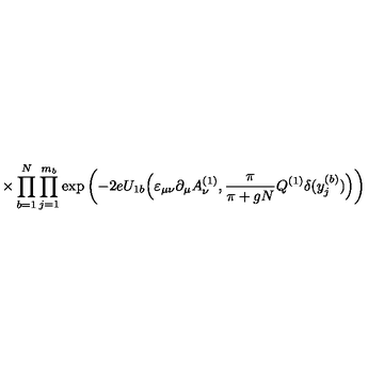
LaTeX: \times \prod _ { b = 1 } ^ { N } \prod _ { j = 1 } ^ { m _ { b } } \exp \left( - 2 e U _ { 1 b } \Big ( \varepsilon _ { \mu \nu } \partial _ { \mu } A _ { \nu } ^ { ( 1 ) } , \frac { \pi } { \pi + g N } Q ^ { ( 1 ) } \delta ( y _ { j } ^ { ( b ) } ) \Big ) \right)